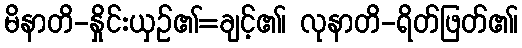
မိနာတိ-နှိုင်းယှဉ်၏=ချင့်၏၊ လုနာတိ-ရိတ်ဖြတ်၏၊